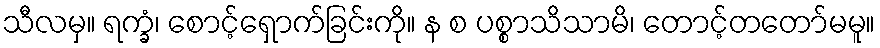
သီလမှ။ ရက္ခံ၊ စောင့်ရှောက်ခြင်းကို။ န စ ပစ္စာသိသာမိ၊ တောင့်တတော်မမူ။